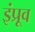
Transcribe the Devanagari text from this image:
इंप्रूव